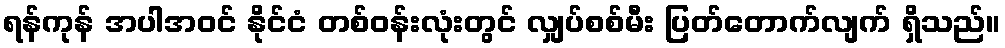
ရန်ကုန် အပါအဝင် နိုင်ငံ တစ်ဝန်းလုံးတွင် လျှပ်စစ်မီး ပြတ်တောက်လျက် ရှိသည်။